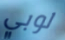
لوبي